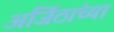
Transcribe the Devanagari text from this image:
अजिंठांच्या